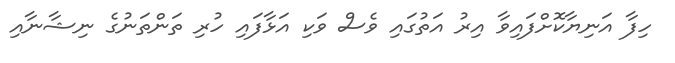
ހިފާ އަނިޔާކޮށްފައިވާ އިރު އަތުގައި ވެސް ވަކި އަޅާފައި ހުރި ތަންތަނުގެ ނިޝާނާއި